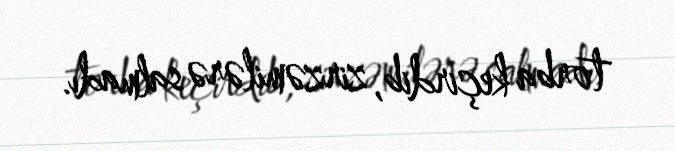
torba keçirdib, zirzəmilərə salmadı.